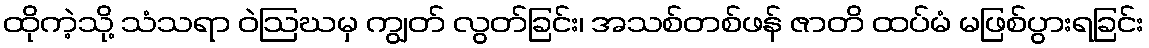
ထိုကဲ့သို့ သံသရာ ဝဲဩဃမှ ကျွတ် လွတ်ခြင်း၊ အသစ်တစ်ဖန် ဇာတိ ထပ်မံ မဖြစ်ပွားရခြင်း